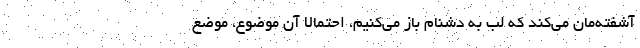
آشفته‌مان می‌کند که لب به دشنام باز می‌کنیم، احتمالا آن موضوع، موضع